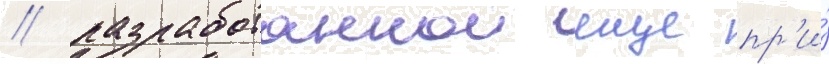
/ разработаннои еще пр'и́